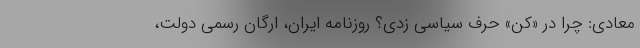
معادی: چرا در «کن» حرف سیاسی زدی؟ روزنامه ایران، ارگان رسمی دولت،